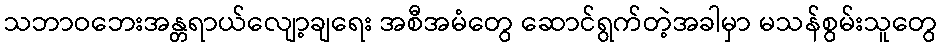
သဘာဝဘေးအန္တရာယ်လျော့ချရေး အစီအမံတွေ ဆောင်ရွက်တဲ့အခါမှာ မသန်စွမ်းသူတွေ